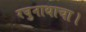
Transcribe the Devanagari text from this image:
रघुनाथाचा।